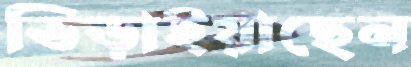
ভিড়াইয়াছেন